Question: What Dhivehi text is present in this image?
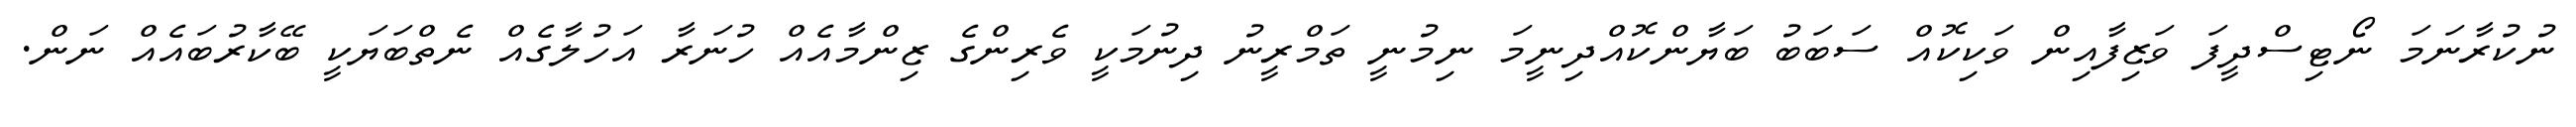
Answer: ނުކުރާނަމަ ނޯޓިސްދީފަ ވަޒިފާއިން ވަކިކޮއް ސަބަބު ބަޔާންކޮއްދިނީމަ ނިމުނީ ތަމްރީނު ދިނުމަކީ ވެރިންގެ ޒިންމާއެއް ހުނަރާ އަހުލާގެއް ނެތްބަޔަކީ ބޭކާރުބައެއް ނަން.